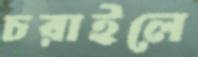
চরাইলে